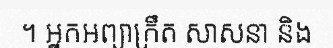
។ អ្នកអព្យាក្រឹត សាសនា និង